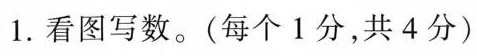
1. 看图写数。(每个 1 分，共 4 分)